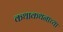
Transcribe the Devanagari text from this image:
कथाकथनाच्या